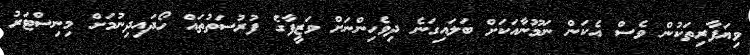
ވިޔަފާރިތަކުން ވެސް އެކަން ނަމޫނާއަކަށް ބަލައިގަނެ ދިވެހިންނަށް ވަޒީފާގެ ފުރުސަތުތައް ހޯދައިދިނުމަށް މިނިސްޓަރު